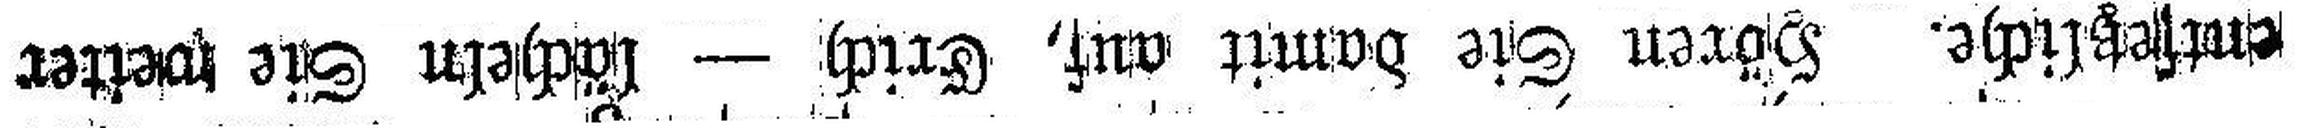
entsetzliche. Hören Sie damit auf, Erich — lächeln Sie weiter